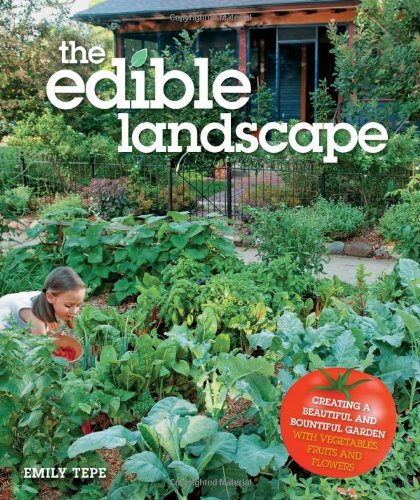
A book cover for The Edible Landscape: Creating a Beautiful and Bountiful Garden with Vegetables, Fruits and Flowers; Emily Tepe; Crafts, Hobbies & Home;